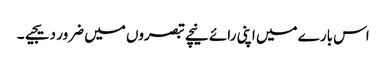
اس بارے میں اپنی رائے نیچے تبصروں میں ضرور دیجیے۔